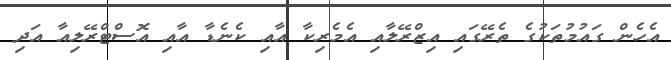
އެހެން ގައުމުތަކުގެ ތެރޭގައި އިޒްރޭލާއި އެމެރިކާ އާއި ކެނެޑާ އާއި އޮސްޓްރޭލިއާ އަދި